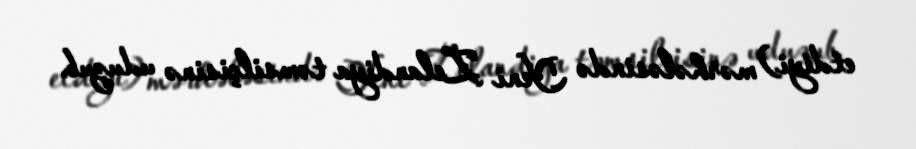
etdiyi) mərhələsində Yeni Zelandiya təmsilçisinə uduzub.